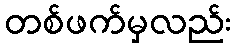
တစ်ဖက်မှလည်း